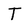
Character: T